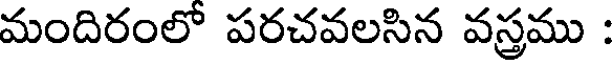
మందిరంలో పరచవలసిన వస్త్రము :